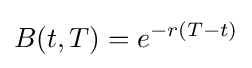
B(t,T)=e^{-r(T-t)}